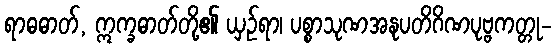
ရာဓဓာတ်, ဣက္ခဓာတ်တို့၏ ယှဉ်ရာ၊ ပစ္စာသုဏအနုပတိဂိဏပုဗ္ဗကတ္တု-